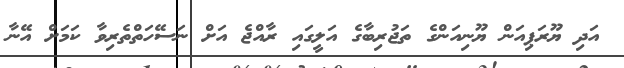
އަދި ޔޫރަޕިއަން ޔޫނިއަންގެ ތަޖުރިބާގެ އަލީގައި ރާއްޖެ އަށް ނަސޭހަތްތެރިވާ ކަމަށް އޭނާ